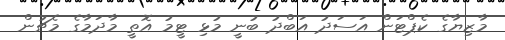
މާޒިޔާގެ ކެޕްޓަން އަސަދު އަބްދު ބުނީ މުޅި ޓީމު އޮތީ މާދަމާގެ މެޗުން